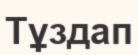
Тұздап